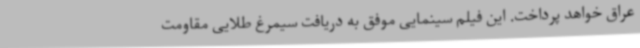
عراق خواهد پرداخت. این فیلم سینمایی موفق به دریافت سیمرغ طلایی مقاومت